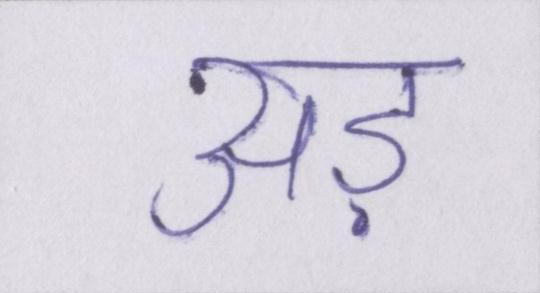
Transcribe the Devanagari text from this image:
अड़